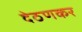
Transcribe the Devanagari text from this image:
देठणकर